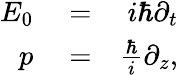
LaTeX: \begin{array}{rlr}{E_{0}}&{{}=}&{i\hbar\partial_{t}}\\ {p}&{{}=}&{\frac{\hbar}{i}\partial_{z},}\end{array}